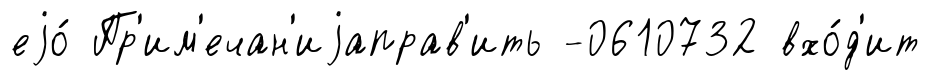
еjо́ Пр'им'ечан'иjаправ'ить -0610732 вхо́д'ит